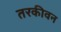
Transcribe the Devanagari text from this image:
तरकीवन